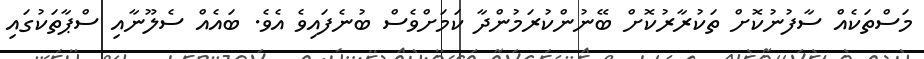
މަސްތަކެއް ސާފުނުކޮށް ތަކުރާރުކޮށް ބޭނުންކުރަމުންދާ ކަމަށްވެސް ބުނެފައިވެ އެވެ. ބައެއް ސެލޫނާއި ސްޕާތަކުގައި